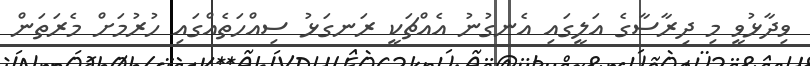
ވިދާޅުވީ މި ދިރާސާގެ އަލީގައި އެނގުނު އެއްޗަކީ ރަނގަޅު ސިއްހަތެއްގައި ހުރުމަށް މެރަތަން